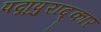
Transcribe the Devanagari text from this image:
पद्मपुराद्कार